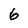
Character: 6